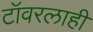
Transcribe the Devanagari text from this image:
टॉवरलाही